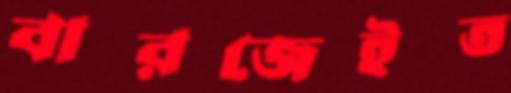
বারজেইত